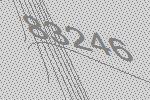
83246